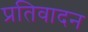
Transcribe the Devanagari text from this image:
प्रतिवादन